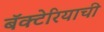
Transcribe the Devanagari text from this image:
बॅक्टेरियाची